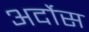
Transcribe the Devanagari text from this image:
अर्दोस